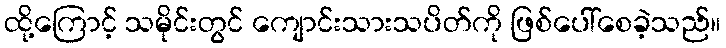
ထို့ကြောင့် သမိုင်းတွင် ကျောင်းသားသပိတ်ကို ဖြစ်ပေါ်စေခဲ့သည်။